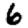
Digit: 6